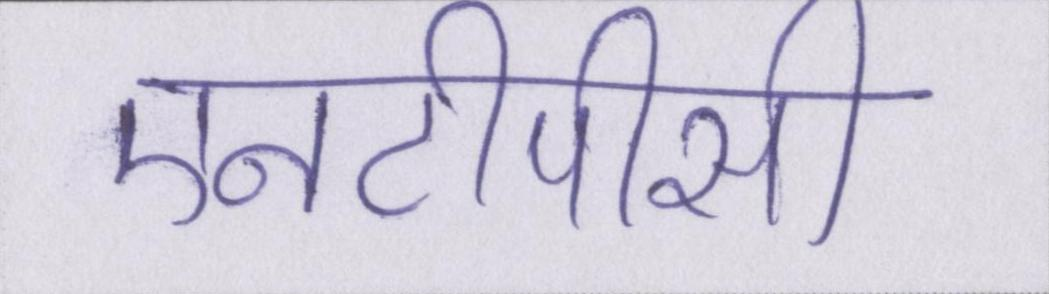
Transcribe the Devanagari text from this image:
एनटीपीसी